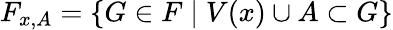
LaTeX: F_{x,A}=\{ G\in F\mid V(x)\cup A\subset G\}